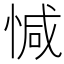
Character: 𢜩